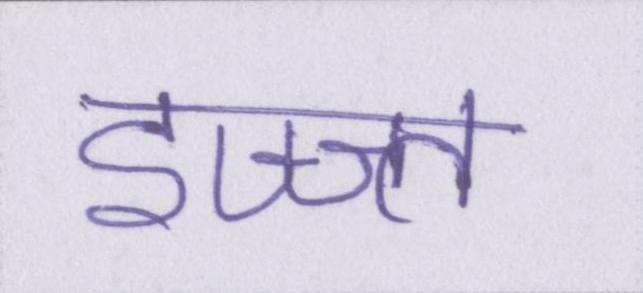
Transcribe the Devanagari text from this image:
इज्ज्त